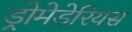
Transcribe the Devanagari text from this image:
ड्रोमेडेरियस